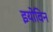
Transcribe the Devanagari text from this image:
इयोविन